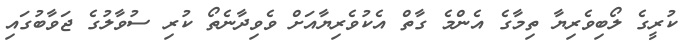
ކުރީގެ ލޯބިވެރިޔާ ތިމާގެ އެންމެ ގާތް އެކުވެރިޔާއަށް ވެވިދާނެތޯ ކުރި ސުވާލުގެ ޖަވާބުގައި